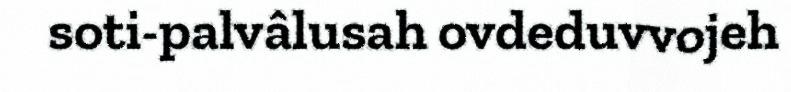
soti-palvâlusah ovdeduvvojeh